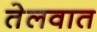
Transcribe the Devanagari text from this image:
तेलवात